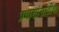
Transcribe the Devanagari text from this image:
प्रवाशांसाठीचा